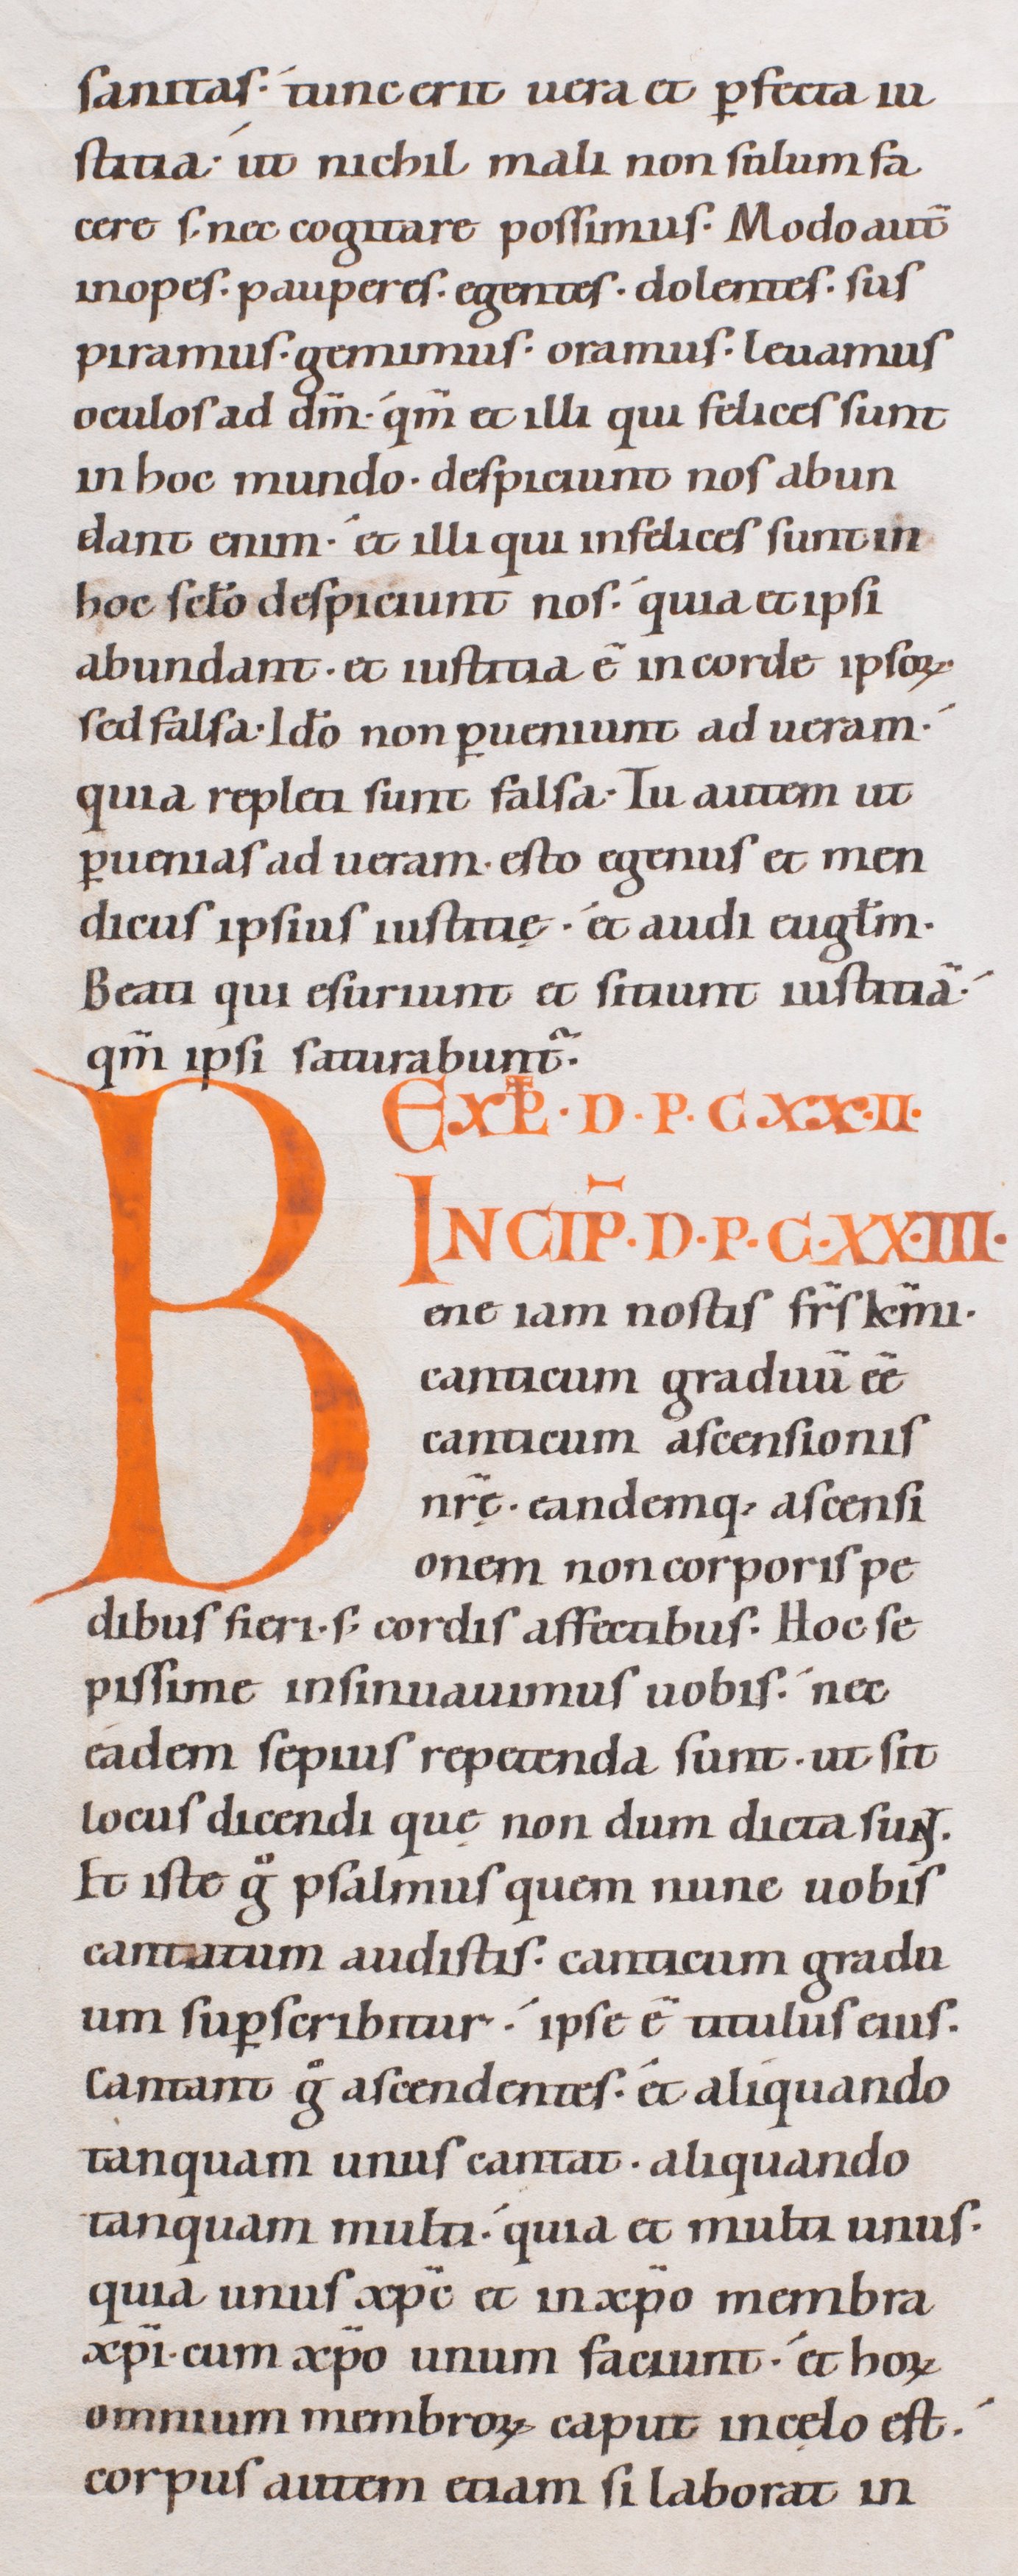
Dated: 1080–1096